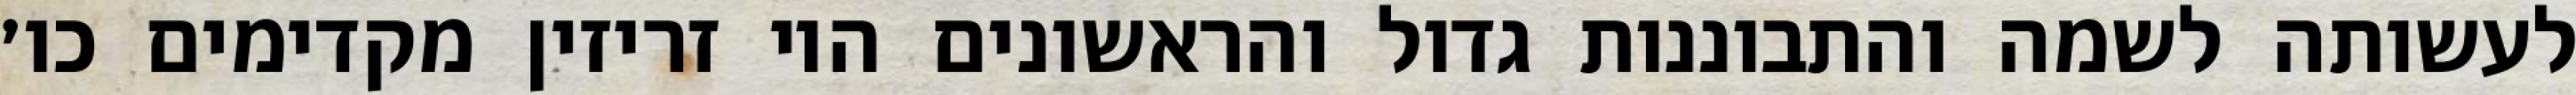
לעשותה לשמה והתבוננות גדול והראשונים היו זריזין מקדימים כו׳